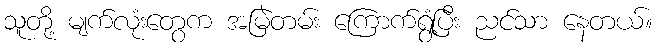
သူတို့ မျက်လုံးတွေက အမြဲတမ်း ကြောက်ရွံ့ပြီး ညင်သာ နေတယ်။